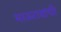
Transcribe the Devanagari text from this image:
भाऊरावांची